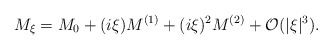
\begin{align*}M_\xi = M_0 + (i\xi) M^{(1)} + (i\xi)^2M^{(2)}+\mathcal{O}(|\xi|^3).\end{align*}